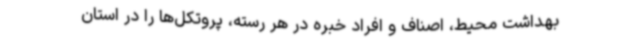
بهداشت محیط، اصناف و افراد خبره در هر رسته، پروتکل‌ها را در استان